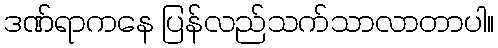
ဒဏ်ရာကနေ ပြန်လည်သက်သာလာတာပါ။